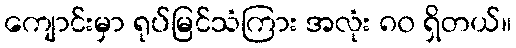
ကျောင်းမှာ ရုပ်မြင်သံကြား အလုံး ၈၀ ရှိတယ်။